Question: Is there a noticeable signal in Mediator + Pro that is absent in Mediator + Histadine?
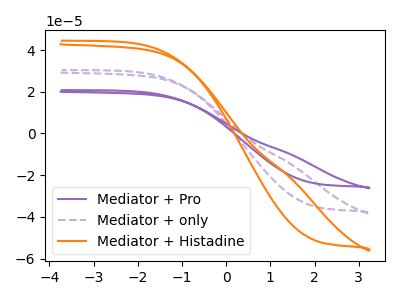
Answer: <think>The purple curve "Mediator + Pro" has no peaks. The purple dashed curve "Mediator + only" has no peaks. The orange curve "Mediator + Histadine" has no peaks.
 Neither "Mediator + Pro" or "Mediator + Histadine" have any peaks.</think>
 <answer>No, "Mediator + Pro" and "Mediator + Histadine" don't appear to be significantly different in shape</answer>
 <eval>no_change</eval>